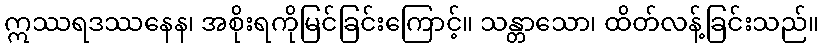
ဣဿရဒဿနေန၊ အစိုးရကိုမြင်ခြင်းကြောင့်။ သန္တာသော၊ ထိတ်လန့်ခြင်းသည်။